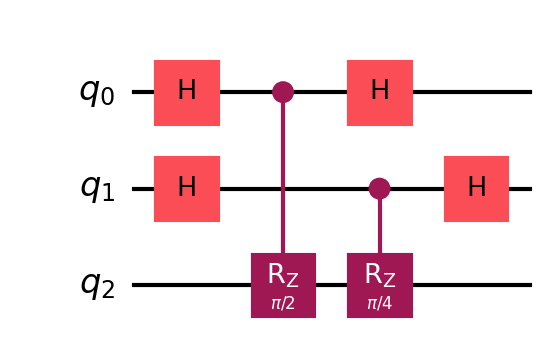
Description: Phase estimation (simplified)
描述: 相位估计（简化版）
Category: intermediate (difficulty: intermediate)
Qubits: 3, circuit depth: 4

Braket implementation:
import math
from braket.circuits import Circuit
circuit = Circuit().h(0).h(1).cphaseshift(0, 2, math.pi/2).cphaseshift(1, 2, math.pi/4).h(0).h(1)